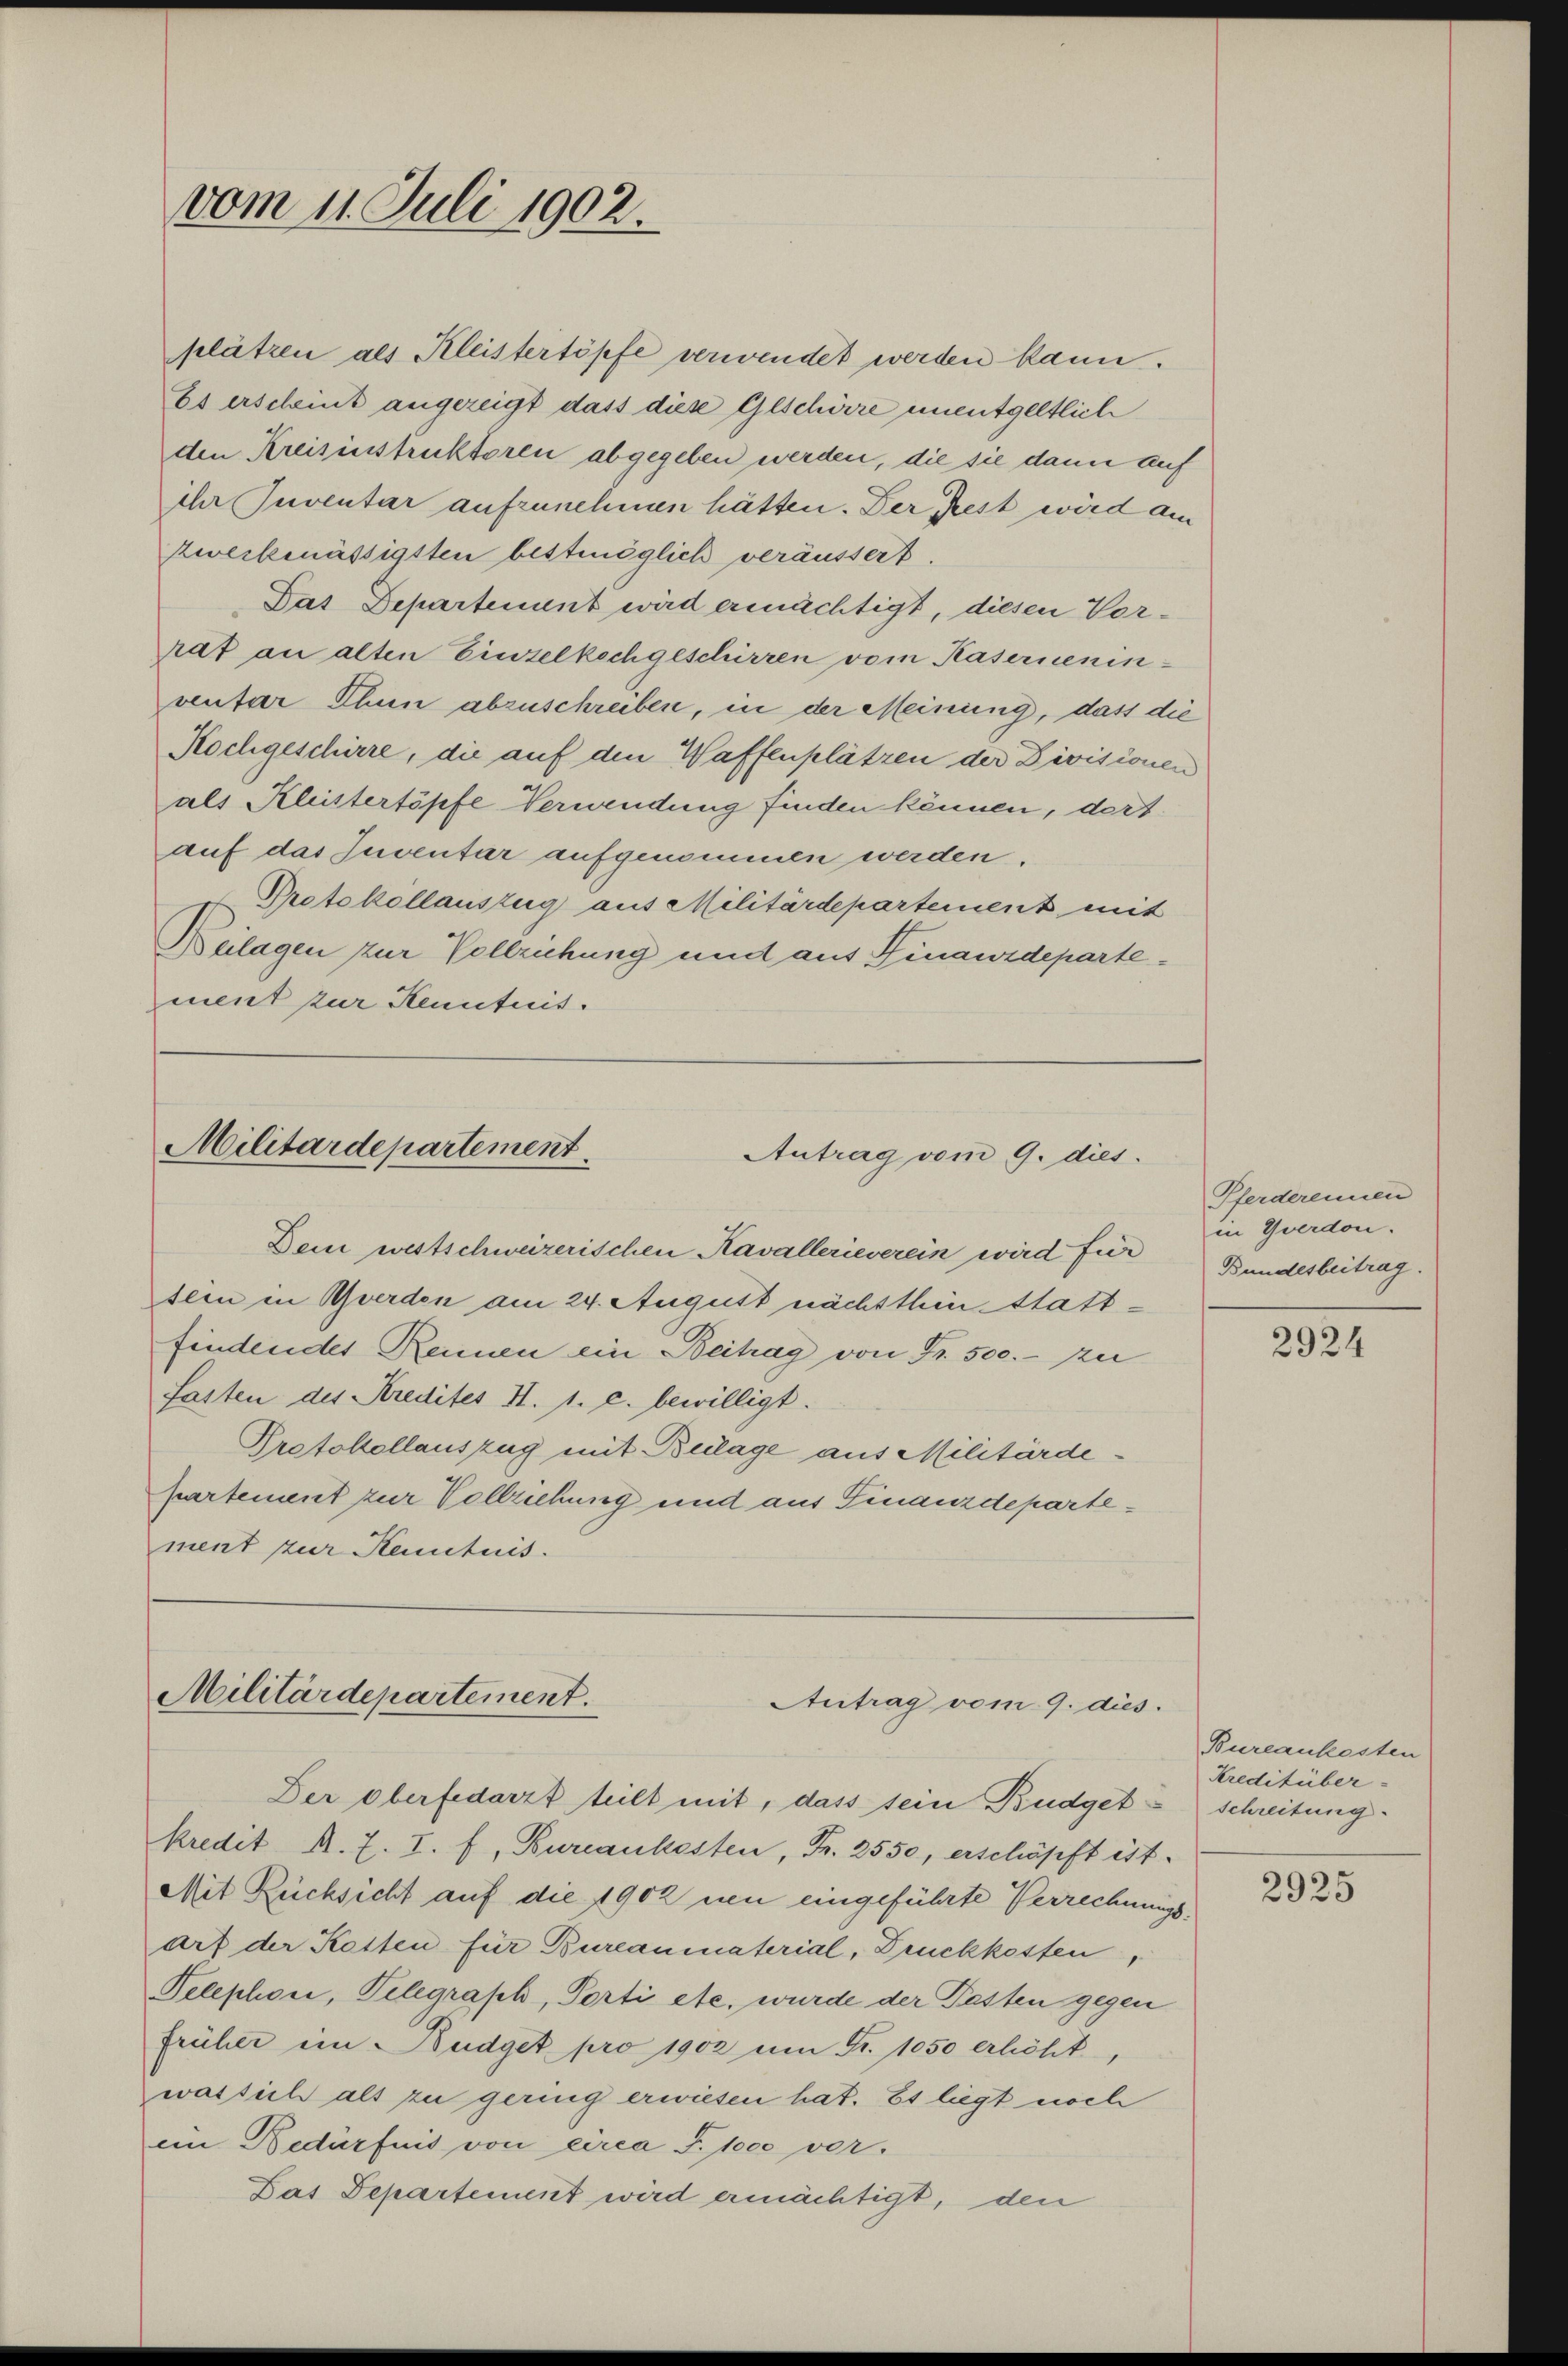
vom 11. Juli 1902.

plätzen als Kleistertöpfe verwendet werden kann.
Es erscheint angezeigt dass diese Geschirre unentgeltlich
den Kreisinstruktoren abgegeben werden, die sie dann auf
ihr Inventar aufzunehmen hätten. Der Rest wird am
zweckmässigsten bestmöglich veräussert.
Das Departement wird ermächtigt, diesen Vorrat an alten Einzelkechgeschirren vom Kaserneninventar Thun abzuschreiben, in der Meinung, dass die
Rochgeschirre, die auf den Waffenplätzen der Divisionen
als Kleistertöpfe Verwendung finden können, der
auf das Inventar aufgenommen werden.
Protokollauszug aus Militärdepartement mit
Beilagen zur Vollziehung und aus Finanzdepartement zur Kenntnis.

Militärdepartement
Antrag vom 9. dies.

Dein westschweizerischen Kavallerieverein wird für
sein in Gwerden am 24. August nächsthin stattfindendes Rennen ein Beitrag von Fr. 500.- zu
fasten des Kredites H. 1. c. bewilligt.
Protokollauszug mit Beilage aus Militärde.
Kartement zur Vollziehung und aus Finanzdepartement zur Kentnis.

Militärdepartement.
Antrag vom 9. dies
Der oberfedarzt teilt mit, dass sein Budget¬

kredit R. Z. I. f, Bureaukosten, Fr. 2550, erschöpft ist.
Mit Rücksicht auf die 1902 neu eingeführte Verrechnungsarf der Ketten für Bureaumaterial, Druckkosten
Telephon, Telegraph, Porti etc. wurde der Pasten gegen
früher in Budget pro 1902 am Fr. 1050 erhöht,
was sich als zu gering erwiesen hat. Es liegt noch
en Bedürfnis von circa S. 1000 ver-
Das Departement wird ermächtigt, den

Pferderennen
in Yverdon.
Bundesbeitrag.

2924

Bureaukosten
Kreditüber-
Schreitung.

2925